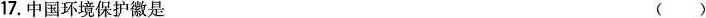
17.中国环境保护徽是 ()